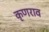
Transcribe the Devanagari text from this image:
कृणराव